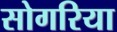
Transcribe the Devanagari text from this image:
सोगरिया